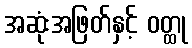
အဆုံးအဖြတ်နှင့် ဝတ္ထု